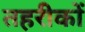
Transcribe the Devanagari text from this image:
तहरीकों